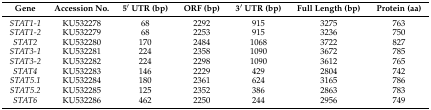
<table><thead><tr><td><b>Gene</b></td><td><b>Accession No.</b></td><td><b>5′ UTR (bp)</b></td><td><b>ORF (bp)</b></td><td><b>3′ UTR (bp)</b></td><td><b>Full Length (bp)</b></td><td><b>Protein (aa)</b></td></tr></thead><tbody><tr><td><i>STAT1-1</i></td><td>KU532278</td><td>68</td><td>2292</td><td>915</td><td>3275</td><td>763</td></tr><tr><td><i>STAT1-2</i></td><td>KU532279</td><td>68</td><td>2253</td><td>915</td><td>3236</td><td>750</td></tr><tr><td><i>STAT2</i></td><td>KU532280</td><td>170</td><td>2484</td><td>1068</td><td>3722</td><td>827</td></tr><tr><td><i>STAT3-1</i></td><td>KU532281</td><td>224</td><td>2358</td><td>1090</td><td>3672</td><td>785</td></tr><tr><td><i>STAT3-2</i></td><td>KU532282</td><td>224</td><td>2298</td><td>1090</td><td>3612</td><td>765</td></tr><tr><td><i>STAT4</i></td><td>KU532283</td><td>146</td><td>2229</td><td>429</td><td>2804</td><td>742</td></tr><tr><td><i>STAT5.1</i></td><td>KU532284</td><td>180</td><td>2361</td><td>624</td><td>3165</td><td>786</td></tr><tr><td><i>STAT5.2</i></td><td>KU532285</td><td>125</td><td>2352</td><td>386</td><td>2863</td><td>783</td></tr><tr><td><i>STAT6</i></td><td>KU532286</td><td>462</td><td>2250</td><td>244</td><td>2956</td><td>749</td></tr></tbody></table>